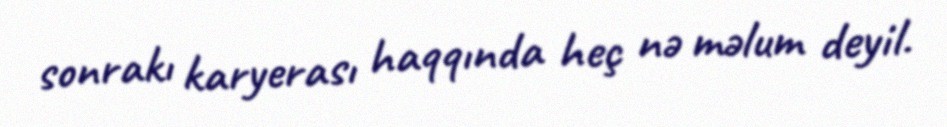
sonrakı karyerası haqqında heç nə məlum deyil.